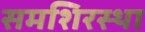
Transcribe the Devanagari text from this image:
समशिरस्था